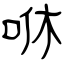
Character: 咻